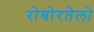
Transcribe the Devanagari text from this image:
रोबोरतेलो